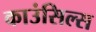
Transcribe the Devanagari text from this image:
काउंसिल्स